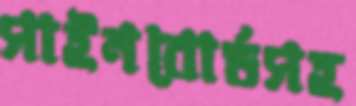
সাইনবোর্ডসহ